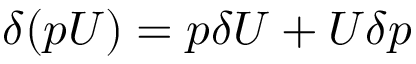
\delta ( p U ) = p \delta U + U \delta p